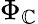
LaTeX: \Phi_{\mathbb{C}}